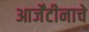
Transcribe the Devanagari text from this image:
आर्जेंटीनाचे